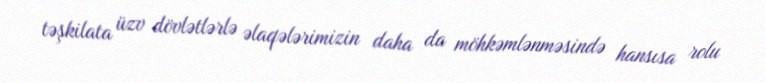
təşkilata üzv dövlətlərlə əlaqələrimizin daha da möhkəmlənməsində hansısa rolu